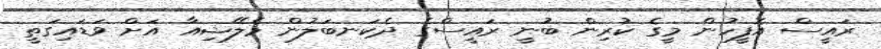
ރައީސް އޮފީހުން މީގެ ކުރިން ބުނީ ރައީސްގެ ދެކަނބަލުން މެލޭޝިއާ އަށް ވަޑައިގަތީ